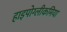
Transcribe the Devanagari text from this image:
हाइपोग्लीकमिया